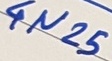
Text: 4N25